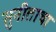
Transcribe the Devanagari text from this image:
सुनीताचा